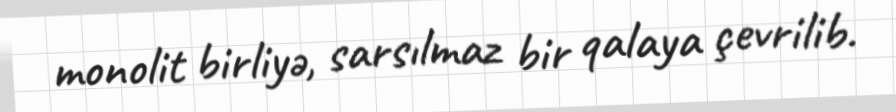
monolit birliyə, sarsılmaz bir qalaya çevrilib.